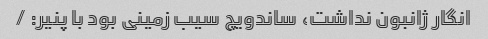
انگار ژانبون نداشت، ساندویچ سیب زمینی بود با پنیر: /